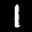
Label: 1